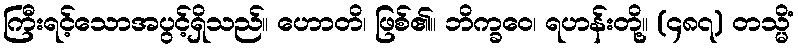
ကြီးရင့်သောအပွင့်ရှိသည်။ ဟောတိ၊ ဖြစ်၏။ ဘိက္ခဝေ၊ ရဟန်းတို့။ (၄၈၇) တသ္မိံ